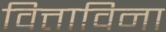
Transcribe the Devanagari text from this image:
वित्ताविना